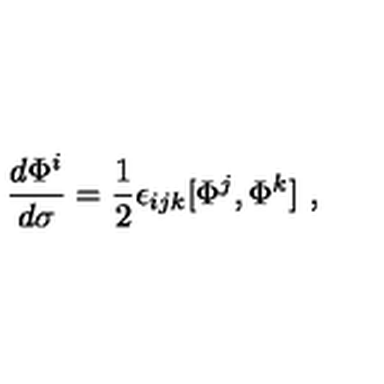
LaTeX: { \frac { d \Phi ^ { i } } { d \sigma } } = { \frac { 1 } { 2 } } \epsilon _ { i j k } [ \Phi ^ { j } , \Phi ^ { k } ] \ ,